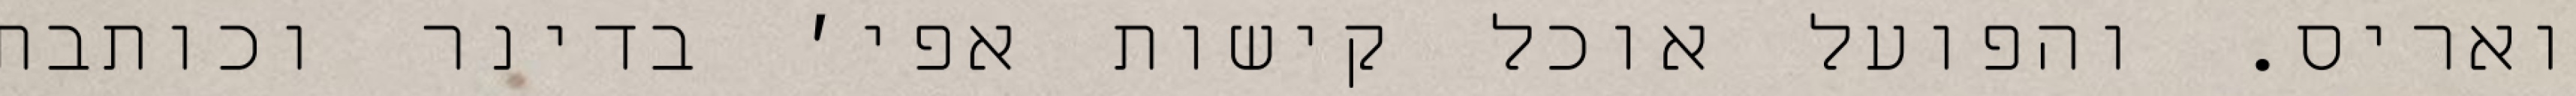
ואריס. והפועל אוכל קישות אפי׳ בדינר וכותבת